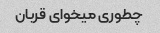
چطوری میخوای قربان